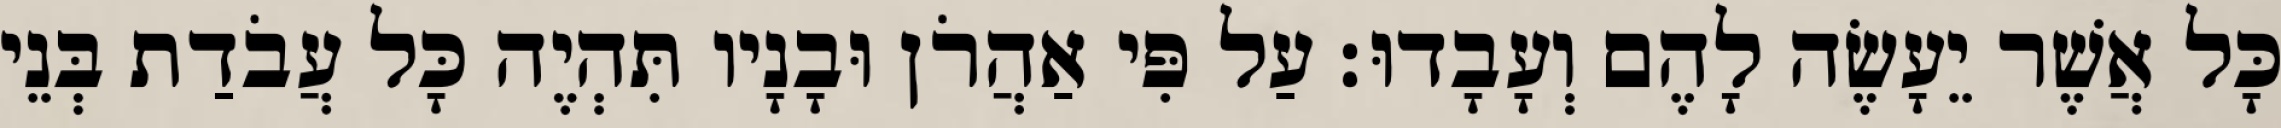
כָּל אֲשֶׁר יֵעָשֶׂה לָהֶם וְעָבָדוּ׃ עַל פִּי אַהֲרֹן וּבָנָיו תִּהְיֶה כָּל עֲבֹדַת בְּנֵי